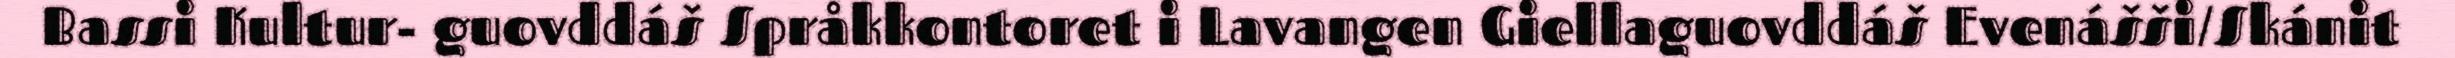
Bassi Kultur- guovddáš Språkkontoret i Lavangen Giellaguovddáš Evenášši/Skánit